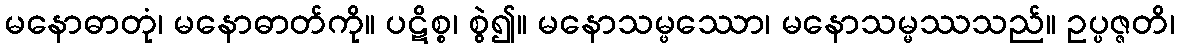
မနောဓာတုံ၊ မနောဓာတ်ကို။ ပဋိစ္စ၊ စွဲ၍။ မနောသမ္ဖဿော၊ မနောသမ္မဿသည်။ ဥပ္ပဇ္ဇတိ၊